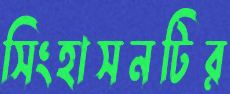
সিংহাসনটির